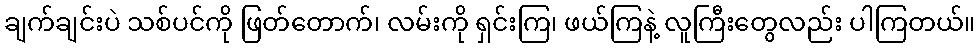
ချက်ချင်းပဲ သစ်ပင်ကို ဖြတ်တောက်၊ လမ်းကို ရှင်းကြ၊ ဖယ်ကြနဲ့ လူကြီးတွေလည်း ပါကြတယ်။